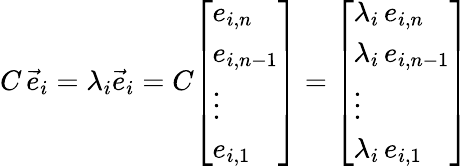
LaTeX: C\, {\vec{e}}_{i}=\lambda_{i}{\vec{e}}_{i}=C{\left[\begin{array}{l}{e_{i,n}}\\ {e_{i,n-1}}\\ {\vdots}\\ {e_{i,1}}\end{array}\right]}={\left[\begin{array}{l}{\lambda_{i}\, e_{i,n}}\\ {\lambda_{i}\, e_{i,n-1}}\\ {\vdots}\\ {\lambda_{i}\, e_{i,1}}\end{array}\right]}